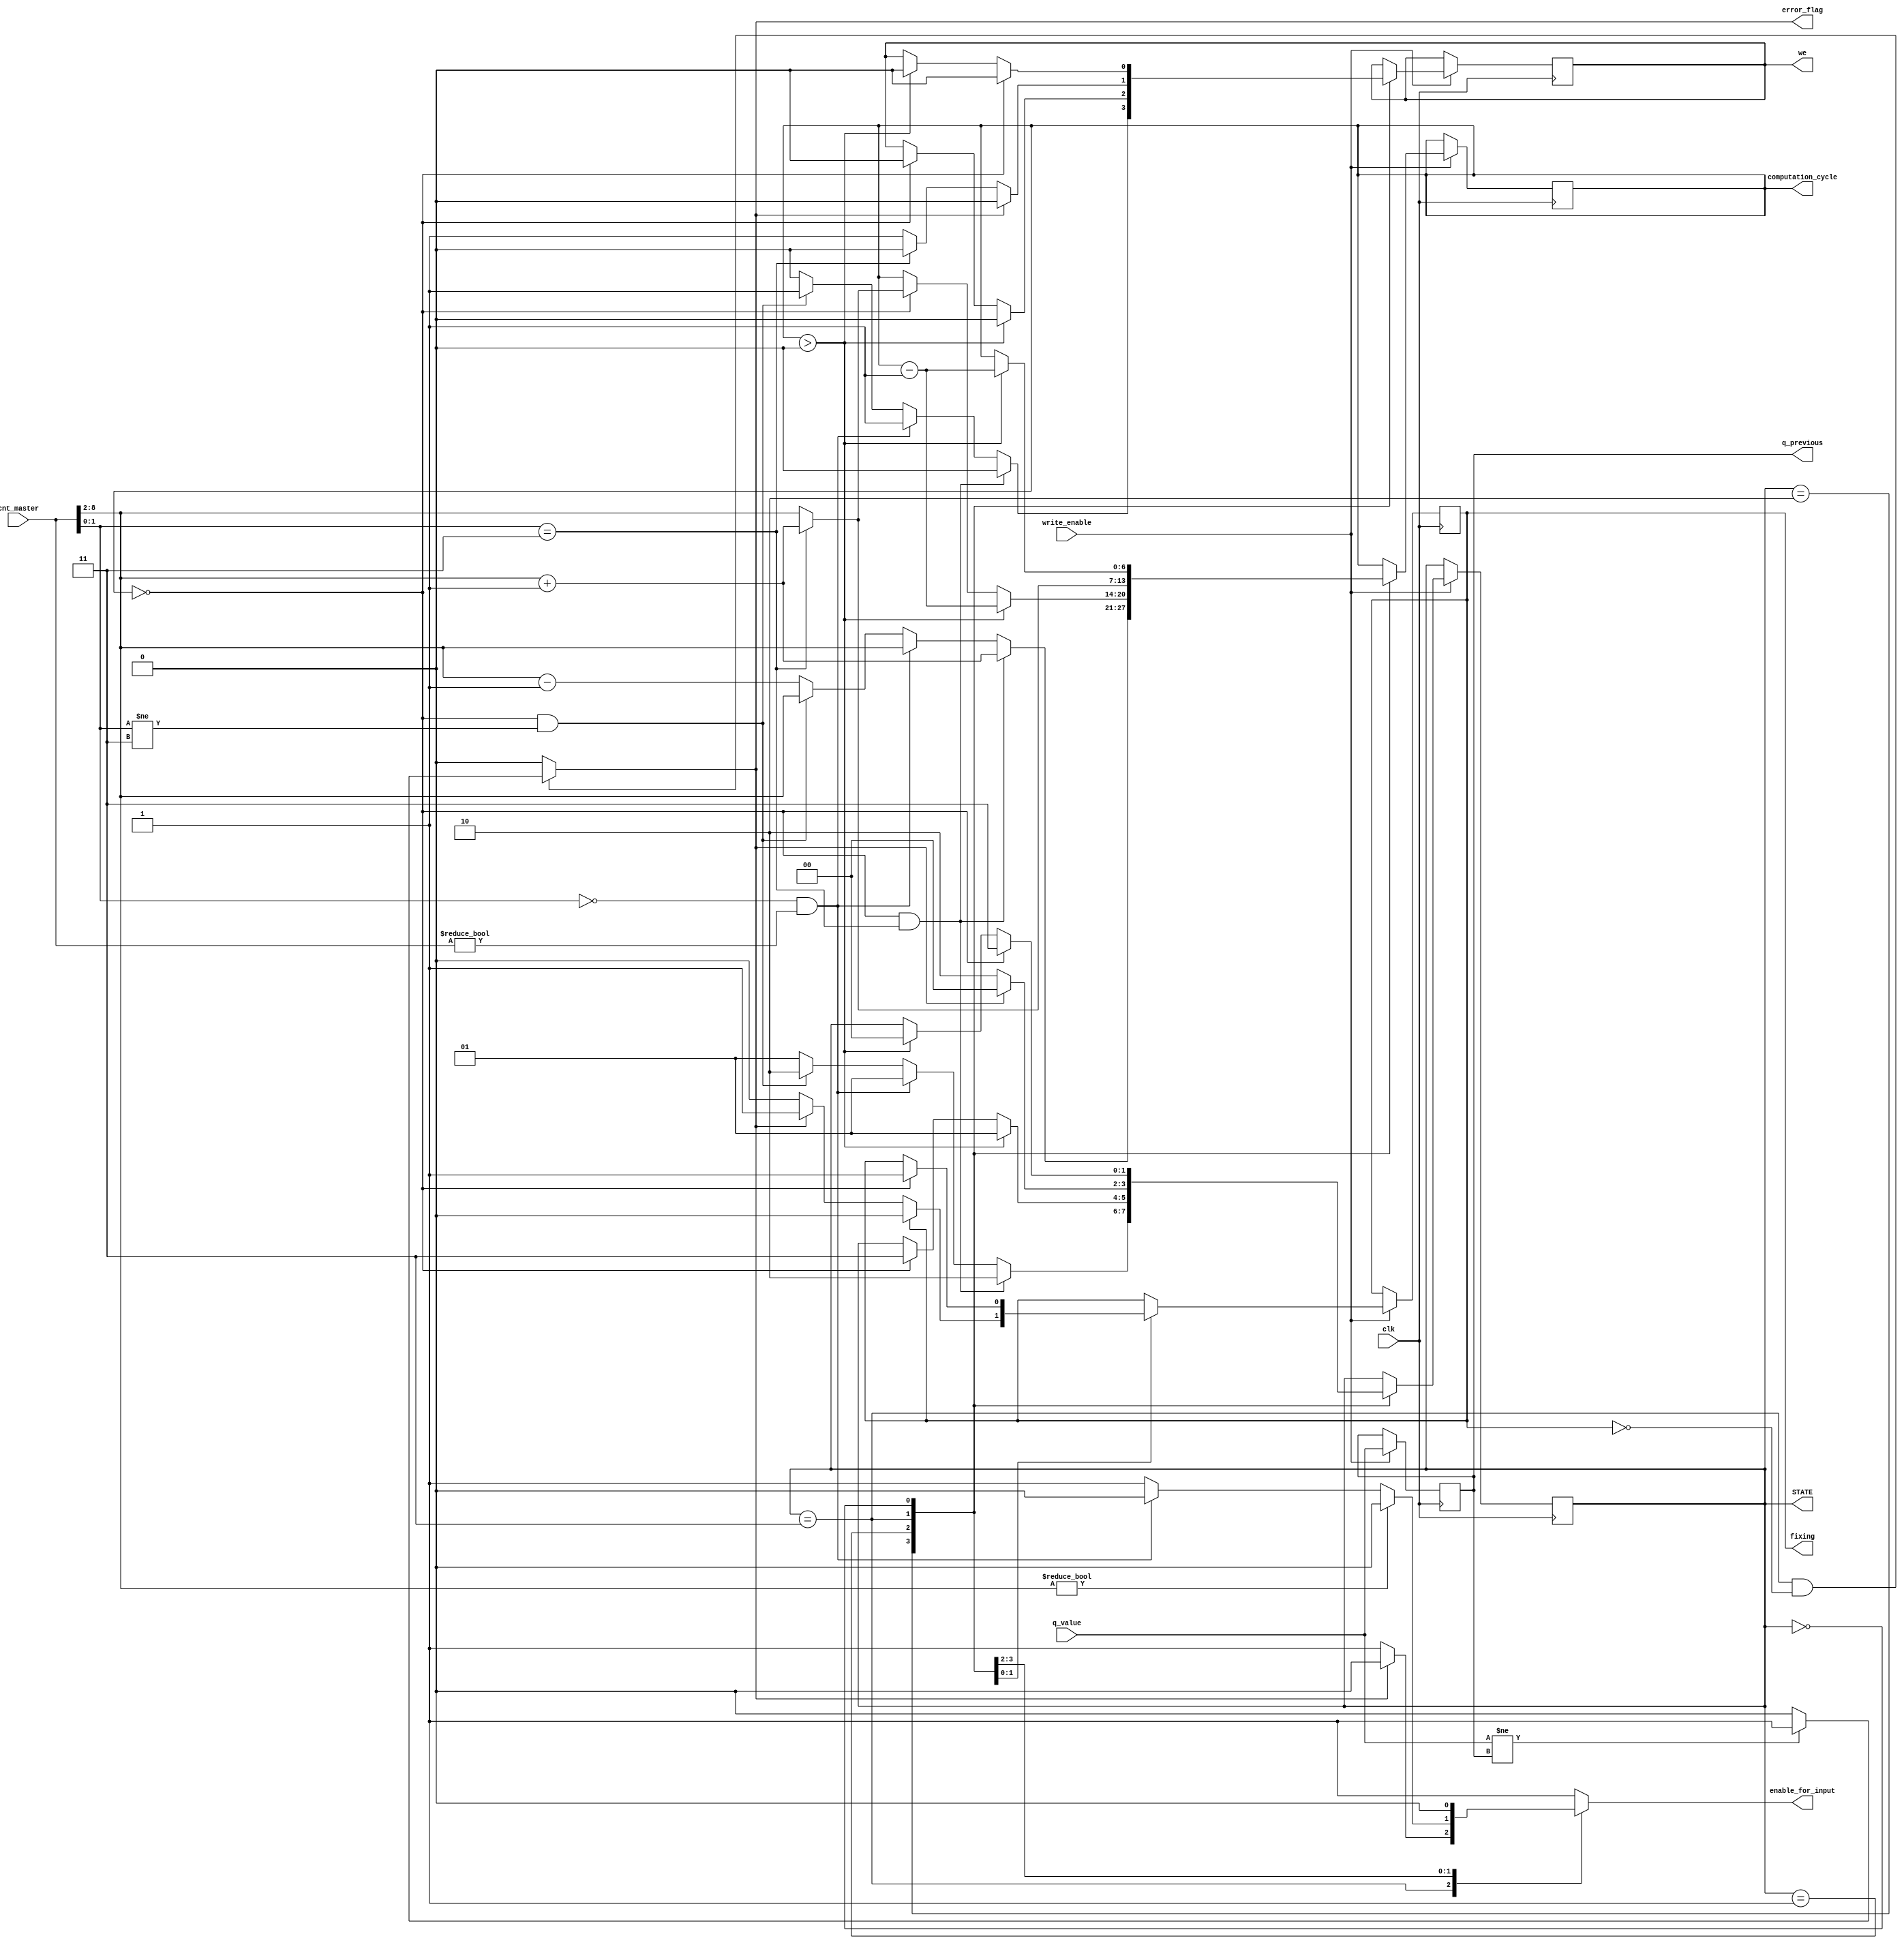
module computation_control(cnt_master,clk,computation_cycle,enable_for_input,we,STATE,q_value,error_flag,fixing,q_previous,write_enable);

// this block computes the cycles which are at computation at the moment
// also provides enable for Multiplier to know when to fetch from outside input data and also controls writing to the CA_RAM

//testing
input [1:0] q_value;
output [1:0] q_previous;
reg [1:0] q_previous;
output[1:0] STATE;
// finished
input write_enable;
input[8:0] cnt_master;
input clk;

output[6:0] computation_cycle;// this would always be the address
output enable_for_input;
output we;

wire[1:0] remainder;
wire[6:0] cycle_num;
reg[6:0] computation_cycle;
reg enable_for_input;
parameter READ_ONLY=2'b01;
parameter READ_WRITE_NEW_LINE=2'b10;
parameter CLEAR=2'b11;
parameter Error=2'b00;
reg[1:0] STATE;
reg we;
initial begin
	computation_cycle=7'b0000000;
	enable_for_input<=1'b1;
	we<=1'b1;
	STATE<=READ_WRITE_NEW_LINE;
end

assign cycle_num=cnt_master[8:2];
assign remainder=cnt_master[1:0];

output fixing;
output error_flag;
reg error_flag;
reg fixing;

initial begin
	q_previous<=2'b0;
	error_flag<=1'b0;
	fixing<=1'b0;
end

always@(posedge clk) begin
	if(write_enable==1'b1) begin
		q_previous<=q_value;
	end
end


always@(*) begin
	error_flag<=1'b0;
	if(STATE==2'b11&&fixing==1'b0) begin
		if(q_value!=q_previous)begin
			error_flag<=1'b1;
		end
	end
end


always@(posedge clk) begin
	if(write_enable==1'b1) begin
		case(STATE)
			READ_WRITE_NEW_LINE: begin //10

								//this value is load

			//	if(cnt_master[1:0]!=2'b11)
				
				if(computation_cycle==7'b0&&remainder==2'b11) begin // use remainder to identify when to end for Zero Row
					we<=1'b0;
					STATE<=READ_WRITE_NEW_LINE;
					computation_cycle<=cycle_num+1'b1;

				end
				else if (remainder==2'b00&&cnt_master!=9'b0) begin
					computation_cycle<=cycle_num;
					STATE<=READ_ONLY;
					we<=1'b1;

				end
				else if(computation_cycle==7'b0&&remainder!=2'b11)begin
					we<=1'b1;
					STATE<=READ_WRITE_NEW_LINE;
					computation_cycle<=cycle_num;
				
				end
				else begin
					we<=1'b0;
					STATE<=READ_ONLY;
					computation_cycle<=cycle_num-1'b1;
				end
			end
			
			
			READ_ONLY: begin //01
			
				if(computation_cycle==0) begin
					we<=1'b0;
					STATE<=CLEAR;
					if(remainder==2'b11) begin
						computation_cycle<=cycle_num+1'b1;
					end
					else begin
					computation_cycle<=cycle_num;
					end
				end
				
				if(computation_cycle>0)begin
					STATE<=READ_ONLY;
					computation_cycle<=computation_cycle-1'b1;
					we<=1'b0;
				end
				
			/*	if(fixing==1'b1) begin
				*/	
			end
			
			CLEAR:begin //11


						STATE<=READ_WRITE_NEW_LINE;
						if(remainder==2'b11) begin
							computation_cycle<=cycle_num+1'b1;
							we<=1'b0;
						end 
						else begin
							computation_cycle<=cycle_num;
							we<=1'b1;
						end
						if(error_flag==1'b1) begin
							STATE<=Error;
							we<=1'b0;
							fixing<=1'b1;
						end
						if(fixing==1'b1) begin
							fixing<=1'b0;
						end
			end
			
			Error: begin //00
					if(computation_cycle>0)begin
						STATE<=Error;
						computation_cycle<=computation_cycle-1'b1;
						we<=1'b0;
					end
					if(computation_cycle==0) begin
						we<=1'b0;
						STATE<=CLEAR;	
						fixing<=1'b1;
					end
			end
		endcase	
	end
end

always @(*) begin
	case(STATE)
		CLEAR:begin//11
			if(error_flag==1'b1) begin
				enable_for_input=1'b0;
			end
			else begin
				enable_for_input=1'b1;
			end
		end
		READ_WRITE_NEW_LINE: begin//10 state
			enable_for_input=1'b1;
			if (remainder==2'b00&&cnt_master!=9'b0) begin
				enable_for_input=1'b0;
			end
			if (cycle_num!= 7'b0) 
				enable_for_input=1'b0;
		end	
		READ_ONLY: begin //01 state
			enable_for_input=1'b0;
			
		end
		default:
			enable_for_input=1'b1;
	endcase
end
endmodule